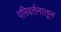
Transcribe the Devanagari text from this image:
परिवर्तनातून